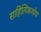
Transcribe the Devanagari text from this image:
साहित्यिकशोध